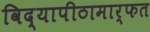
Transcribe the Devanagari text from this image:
विद्यापीठामार्फत